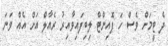
ދެ ޓީމަށް ވެސް ހަ ޕޮއިންޓް ލިބިފައިވާއިރު ރެއާލް އަށް އެއް ވަަނަ